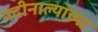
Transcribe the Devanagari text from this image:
नदीनाल्यांच्या